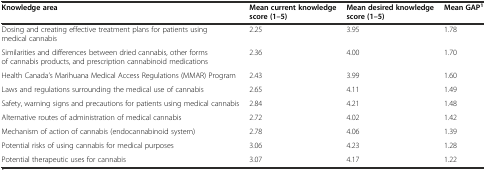
<table><thead><tr><td><b>Knowledge area</b></td><td><b>Mean current knowledge score (1–5)</b></td><td><b>Mean desired knowledge score (1–5)</b></td><td><b>Mean GAP<sup>1</sup></b></td></tr></thead><tbody><tr><td>Dosing and creating effective treatment plans for patients using medical cannabis</td><td>2.25</td><td>3.95</td><td>1.78</td></tr><tr><td>Similarities and differences between dried cannabis, other forms of cannabis products, and prescription cannabinoid medications</td><td>2.36</td><td>4.00</td><td>1.70</td></tr><tr><td>Health Canada’s Marihuana Medical Access Regulations (MMAR) Program</td><td>2.43</td><td>3.99</td><td>1.60</td></tr><tr><td>Laws and regulations surrounding the medical use of cannabis</td><td>2.65</td><td>4.11</td><td>1.49</td></tr><tr><td>Safety, warning signs and precautions for patients using medical cannabis</td><td>2.84</td><td>4.21</td><td>1.48</td></tr><tr><td>Alternative routes of administration of medical cannabis</td><td>2.72</td><td>4.02</td><td>1.42</td></tr><tr><td>Mechanism of action of cannabis (endocannabinoid system)</td><td>2.78</td><td>4.06</td><td>1.39</td></tr><tr><td>Potential risks of using cannabis for medical purposes</td><td>3.06</td><td>4.23</td><td>1.28</td></tr><tr><td>Potential therapeutic uses for cannabis</td><td>3.07</td><td>4.17</td><td>1.22</td></tr></tbody></table>